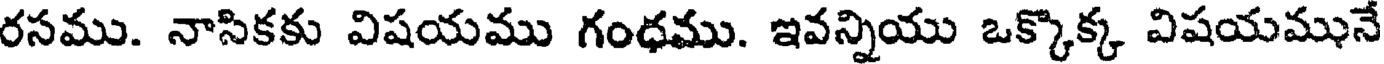
రసము. నాసికకు విషయము గంధము. ఇవన్నియు ఒక్కొక్క విషయమునే